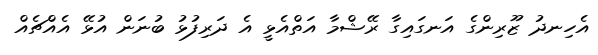
އެހިނދު ޒޫރިންގެ އަނގައިގާ ރޭޝްމާ އަތްއެޅީ އެ ދަރިފުޅު ބުނަން އުޅޭ އެއްޗެއް